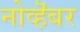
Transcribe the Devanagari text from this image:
नोव्हॆंबर